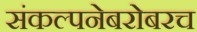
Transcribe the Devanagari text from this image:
संकल्पनेबरोबरच